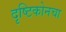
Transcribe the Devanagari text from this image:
दृष्टिकोनचा